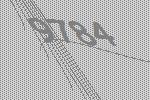
9784